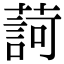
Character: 𦺞